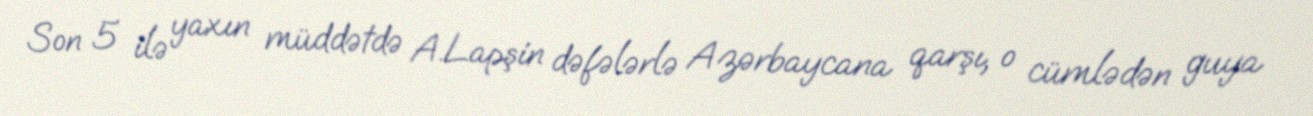
Son 5 ilə yaxın müddətdə A.Lapşin dəfələrlə Azərbaycana qarşı, o cümlədən guya